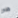
هو